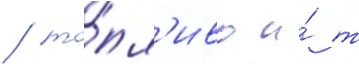
/ то́пл'иво и́ т